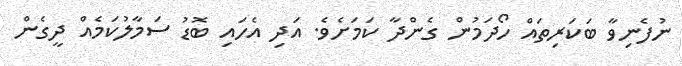
ނުފެނިވާ ބަކަރިތައް ހޯދަމުން ގެންދާ ކަމަށެވެ. އަދި އެހައި ބޮޑު ސަމާލުކަމެއް ދީގެން